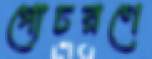
গোচরণে